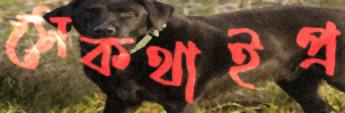
সেকথাইপ্র